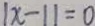
\vert x - 1 \vert = 0